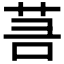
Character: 𦮑